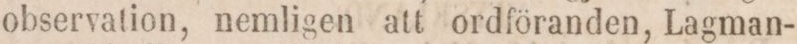
observation, nemligen att ordföranden, Lagman-